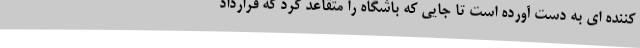
کننده ای به دست آورده است تا جایی که باشگاه را متقاعد کرد که قرارداد